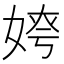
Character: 𡝻